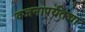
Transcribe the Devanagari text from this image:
वजनापर्यंतचा